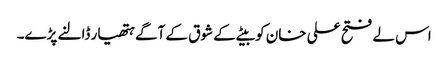
اس لے فتح علی خان کو بیٹے کے شوق کے آگے ہتھیار ڈالنے پڑے۔